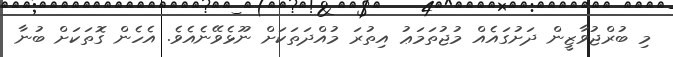
މި ބުރްޖުވާޒީން ދަށުގައެއް މުޖުތަމަޢު އިތުރަ މުއްދަތަކަށް ނޫޅެވޭނެއެވެ. އެހެން ގޮތަކަށް ބުނާ